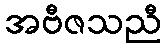
အဗီဇသညီ